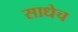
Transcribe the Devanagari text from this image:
साधेच